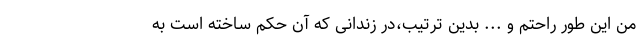
من این طور راحتم و ... بدین ترتیب،در زندانی که آن حکم ساخته است به